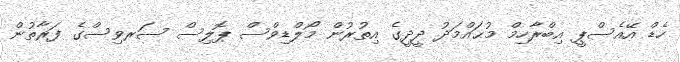
ހެޑް އޭއެސްޕީ އިބްރާހިމް މުޙައްމަދު ދީދީގެ އިތުރުން މޯލްޑިވްސް ޕޮލިސް ސަރވިސްގެ ފަރާތުން